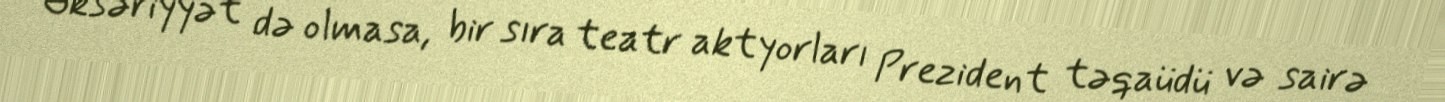
Əksəriyyət də olmasa, bir sıra teatr aktyorları Prezident təqaüdü və sairə